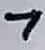
Text: 7